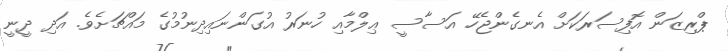
ޕްރިޒަން އޮފިސަރަކަށް އެނގެންޖެހޭ އަސާސީ ޢިލްމާއި ހުނަރު އުގަންނައިދިނުމުގެ މައްޗަށެވެ. އަދި ދީނީ